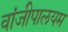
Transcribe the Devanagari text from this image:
वांजीपालयम